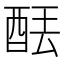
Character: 𫟮